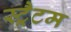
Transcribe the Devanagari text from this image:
स्ट्रैटम